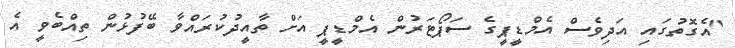
"އެގޮތުގައި އަދިވެސް އެމްޑީޕީގެ ސަޕޯޓަރުން އެމްޑީޕީ އަށް ތާއީދުކުރައްވާ ބޭފުޅުން ތިއްބެވީ އެ